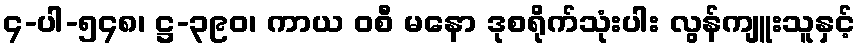
၄-ပါ-၅၄၈၊ ဋ္ဌ-၃၉၀၊ ကာယ ဝစီ မနော ဒုစရိုက်သုံးပါး လွန်ကျူးသူနှင့်